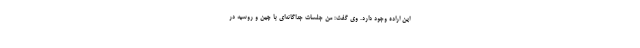
این اراده وجود دارد. وی گفت: من جلسات جداگانه‌ای با چین و روسیه در